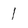
Character: l